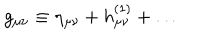
LaTeX: g _ { \mu \nu } \equiv \eta _ { \mu \nu } + h _ { \mu \nu } ^ { ( 1 ) } + \ldots